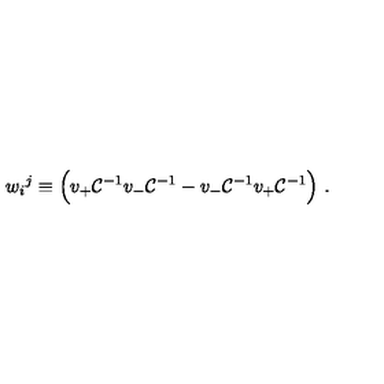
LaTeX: w _ { i } { } ^ { j } \equiv \Big ( v _ { + } { \cal C } ^ { - 1 } v _ { - } { \cal C } ^ { - 1 } - v _ { - } { \cal C } ^ { - 1 } v _ { + } { \cal C } ^ { - 1 } \Big ) \ .